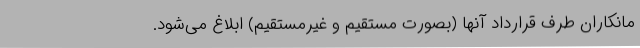
مانکاران طرف قرارداد آنها (بصورت مستقیم و غیرمستقیم) ابلاغ می‌شود.